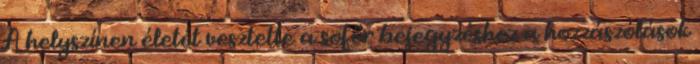
A helyszínen életét vesztette a sofőr bejegyzéshez a hozzászólások